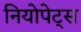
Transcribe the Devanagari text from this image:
नियोपेट्स